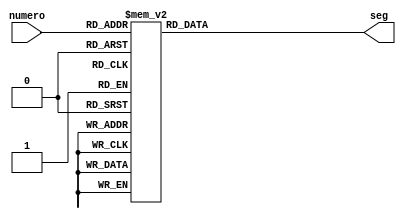
module segmentos(
input [3:0] numero,
output reg [6:0] seg
    );
always @(*) begin
    case(numero)
    4'd0: seg = 7'b0000001;
    4'd1: seg = 7'b1001111;
    4'd2: seg = 7'b0010010;
    4'd3: seg = 7'b0000110;
    4'd4: seg = 7'b1001100;
    4'd5: seg = 7'b0100100;
    4'd6: seg = 7'b1111010;
    4'd7: seg = 7'b1110001;
    4'd8: seg = 7'b0001001;
    4'd9: seg = 7'b1111111;
    4'd10: seg = 7'b0001000;
    4'd11: seg = 7'b1100000;
    4'd12: seg = 7'b0110001;
    4'd13: seg = 7'b1000010;
    4'd14: seg = 7'b0110000;
    4'd15: seg = 7'b0111000;
    default: seg = 7'b1111111;
    endcase
    end
endmodule